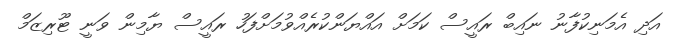
އަދި އެމަނިކުފާނު ނައިބް ރައީސް ކަަމަށް އައްޔަންކުރެއްވުމަށްފަހު ރައީސް ޔާމިން ވަނީ ޓޫރިޒަމް